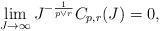
LaTeX: \begin{align*}\lim_{J\to \infty}J^{-\frac{1}{p\vee r}}C_{p, r}(J)=0,\end{align*}